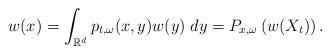
LaTeX: \begin{align*}w(x)=\int_{\mathbb{R}^d}p_{t,\omega}(x,y)w(y)\;dy=P_{x,\omega}\left(w(X_t)\right).\end{align*}